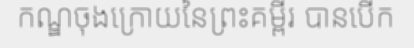
កណ្ឌចុងក្រោយនៃព្រះគម្ពីរ បានបើក